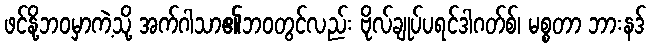
ဖင်နို့ဘဝမှာကဲ့သို့ အက်ဂါသာ၏ဘဝတွင်လည်း ဗိုလ်ချုပ်ပရင်ဒါဂတ်စ်၊ မစ္စတာ ဘားနဒ်